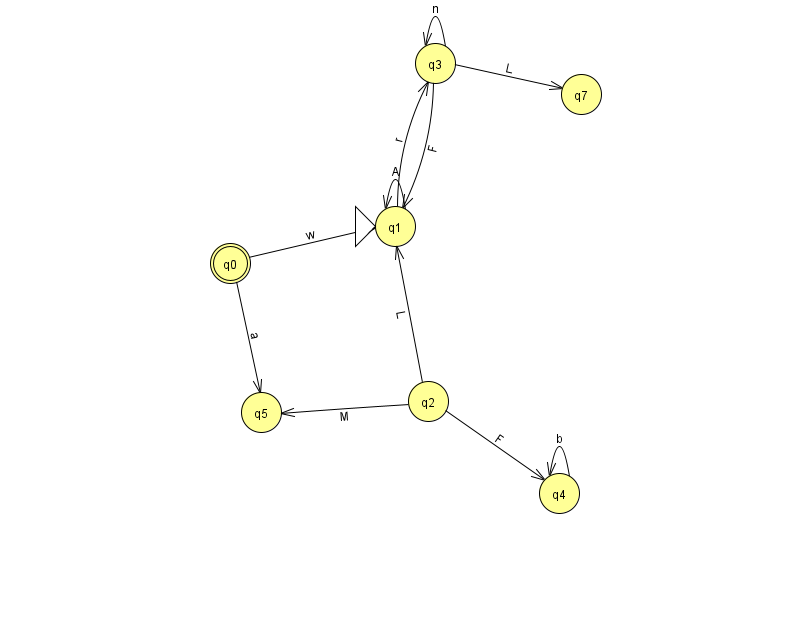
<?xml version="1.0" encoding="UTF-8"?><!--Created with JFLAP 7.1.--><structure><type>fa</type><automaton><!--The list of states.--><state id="0" name="q0"><x>230.0</x><y>250.0</y><final/></state><state id="1" name="q1"><x>395.0</x><y>213.0</y><initial/></state><state id="2" name="q2"><x>428.0</x><y>388.0</y></state><state id="3" name="q3"><x>435.0</x><y>50.0</y></state><state id="4" name="q4"><x>559.0</x><y>480.0</y></state><state id="5" name="q5"><x>261.0</x><y>399.0</y></state><state id="7" name="q7"><x>581.0</x><y>81.0</y></state><!--The list of transitions.--><transition><from>0</from><to>5</to><read>a</read></transition><transition><from>1</from><to>1</to><read>A</read></transition><transition><from>4</from><to>4</to><read>b</read></transition><transition><from>0</from><to>1</to><read>w</read></transition><transition><from>3</from><to>7</to><read>L</read></transition><transition><from>2</from><to>1</to><read>L</read></transition><transition><from>3</from><to>1</to><read>F</read></transition><transition><from>1</from><to>3</to><read>r</read></transition><transition><from>2</from><to>5</to><read>M</read></transition><transition><from>3</from><to>3</to><read>n</read></transition><transition><from>2</from><to>4</to><read>F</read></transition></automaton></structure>